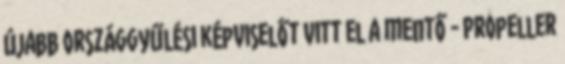
Újabb országgyűlési képviselőt vitt el a mentő - Propeller